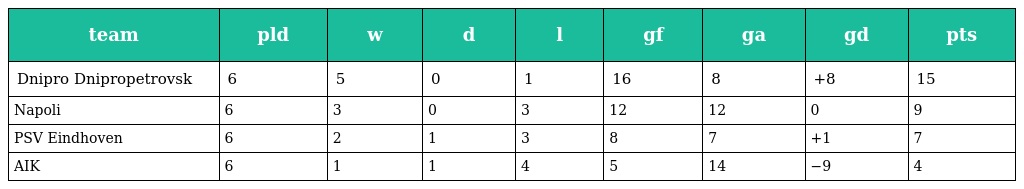
| team | pld | w | d | l | gf | ga | gd | pts |
 | --- | --- | --- | --- | --- | --- | --- | --- | --- |
 | Dnipro Dnipropetrovsk | 6 | 5 | 0 | 1 | 16 | 8 | +8 | 15 |
 | Napoli | 6 | 3 | 0 | 3 | 12 | 12 | 0 | 9 |
 | PSV Eindhoven | 6 | 2 | 1 | 3 | 8 | 7 | +1 | 7 |
 | AIK | 6 | 1 | 1 | 4 | 5 | 14 | −9 | 4 |